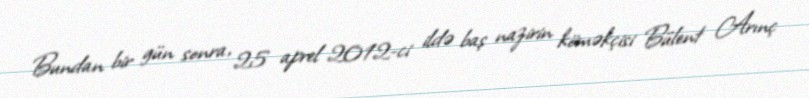
Bundan bir gün sonra, 25 aprel 2012-ci ildə baş nazirin köməkçisi Bülent Arınç